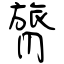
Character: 膂